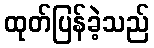
ထုတ်ပြန်ခဲ့သည်